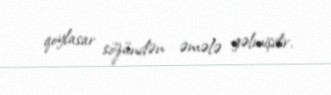
qoylasar sözündən əmələ gəlmişdir.